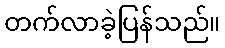
တက်လာခဲ့ပြန်သည်။